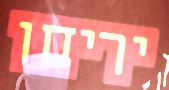
יריחו